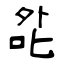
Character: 夞